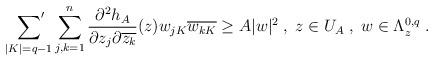
LaTeX: \begin{align*}\sideset{}{'}\sum_{\vert K\vert=q-1}\sum_{j,k=1}^n\dfrac{\partial^2h_A}{\partial z_j\partial\overline{z_k}}(z)w_{jK}\overline{w_{kK}}\geq A\vert w\vert^2\;,\;z\in U_{A}\;,\;w\in\Lambda^{0,q}_{z}\;.\end{align*}